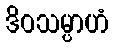
ဒိဝသမ္ပာဟံ